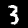
Label: 3